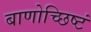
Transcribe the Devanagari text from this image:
बाणोच्छिष्टं